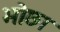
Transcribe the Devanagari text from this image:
भोछा